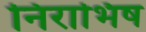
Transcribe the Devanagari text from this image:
निराभिष